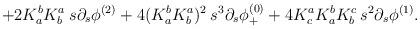
LaTeX: \begin{align*}\;\;\;\;\; + 2 K^b_a K^a_b \: s \partial_s \phi^{(2)} + 4 (K^b_a K^a_b)^2 \: s^3 \partial_s \phi^{(0)}_{+}+ 4 K^a_c K^b_a K^c_b \: s^2 \partial_s \phi^{(1)}.\end{align*}